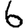
Digit: 6